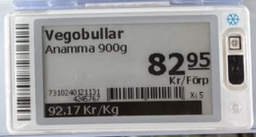
Vara: Vegobullar
Genomsnittspris: 92.17 per kg